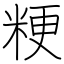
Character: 粳